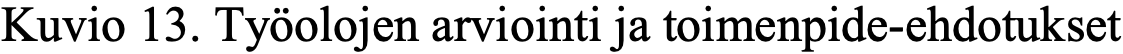
Kuvio 13. Työolojen arviointi ja toimenpide-ehdotukset